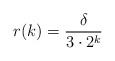
LaTeX: \begin{align*}r(k) = \frac{\delta}{3 \cdot 2^k}\end{align*}